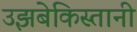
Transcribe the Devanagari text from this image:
उझबेकिस्तानी